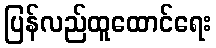
ပြန်လည်ထူထောင်ရေး